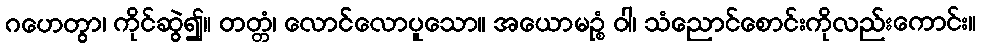
ဂဟေတွာ၊ ကိုင်ဆွဲ၍။ တတ္တံ၊ လောင်လောပူသော။ အယောမဉ္စံ ဝါ၊ သံညောင်စောင်းကိုလည်းကောင်း။